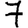
Digit: 7